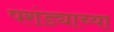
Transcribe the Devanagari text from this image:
परांड्याच्या